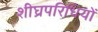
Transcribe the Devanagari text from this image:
शीघ्रपरिधियों